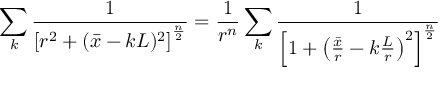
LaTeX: \sum _ { k } { \frac { 1 } { \left[ r ^ { 2 } + ( \bar { x } - k L ) ^ { 2 } \right] ^ { \frac { n } { 2 } } } } = { \frac { 1 } { r ^ { n } } } \sum _ { k } { \frac { 1 } { \left[ 1 + \left( { \frac { \bar { x } } { r } } - k { \frac { L } { r } } \right) ^ { 2 } \right] ^ { \frac { n } { 2 } } } }